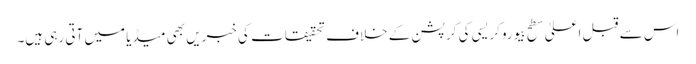
اس سے قبل اعلیٰ سطح بیوروکریسی کی کرپشن کے خلاف تحقیقات کی خبریں بھی میڈیا میں آتی رہی ہیں۔